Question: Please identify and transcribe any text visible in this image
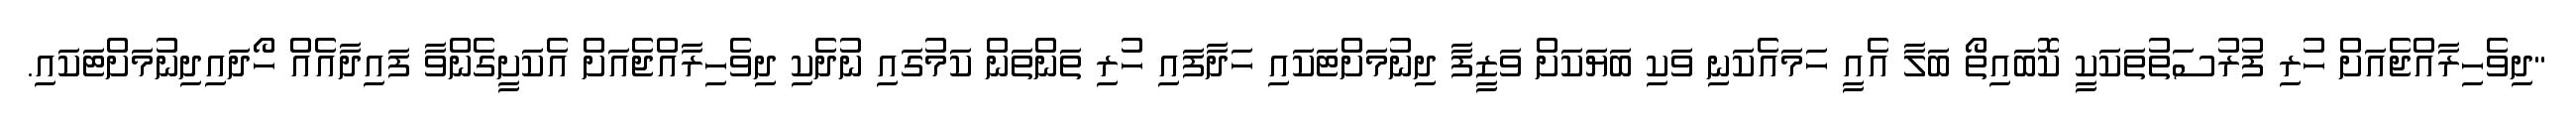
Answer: "ދިވެހިރާއްޖެއަށް ހުރި ފުރުސަތުތަކަކީ ކޮބައިތޯ ބަލާ އެއީ ހަމައެކަނި ވަކި ބަޔަކަށް ވަޒީފާ ދިނުމަށްޓަކައި ހަދާފައި ހުރި ތަންތަން ކަމުގައި ނުދެކި ދިވެހިރާއްޖެއަށް އެކަށީގެންވާ ފައިދާއެއް ހޯދައިދިނުމަށްޓަކައި.